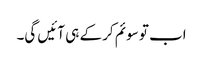
اب تو سوئم کر کے ہی آئیں گی۔